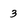
Character: 3